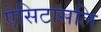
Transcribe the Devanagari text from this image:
ऐसिटासलि